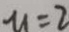
u = 2